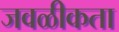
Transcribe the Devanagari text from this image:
जवळीकता